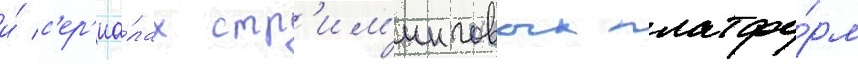
и́ с'ер'иа́лах стр'им'инговых платфо́рм